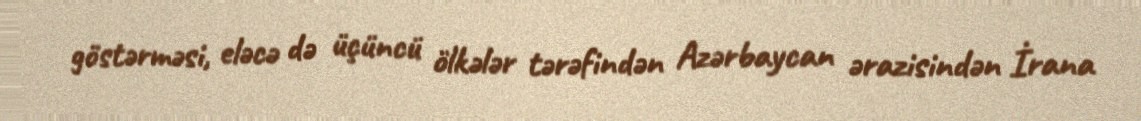
göstərməsi, eləcə də üçüncü ölkələr tərəfindən Azərbaycan ərazisindən İrana